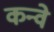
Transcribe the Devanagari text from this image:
कन्वे